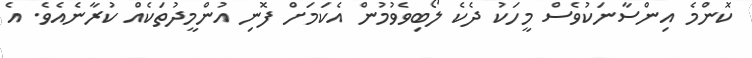
ކޮންމެ އިންސާނަކުވެސް މީހަކު ދެކެ ލޯބިވެވުމުން އެކަމަށް ފޮނި އުންމީދުތަކެއް ކުރާނެއެވެ. އެ